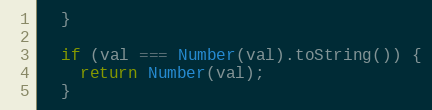
Language: JavaScript
  }

  if (val === Number(val).toString()) {
    return Number(val);
  }